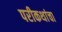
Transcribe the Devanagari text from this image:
परीकथांचा